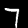
Digit: 7